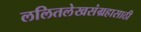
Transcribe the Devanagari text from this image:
ललितलेखसंग्रहासाठी